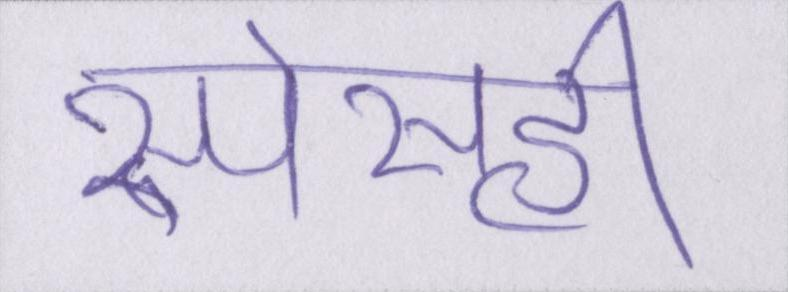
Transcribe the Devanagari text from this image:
स्पेसही